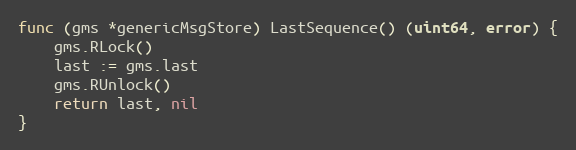
Language: Go
func (gms *genericMsgStore) LastSequence() (uint64, error) {
	gms.RLock()
	last := gms.last
	gms.RUnlock()
	return last, nil
}